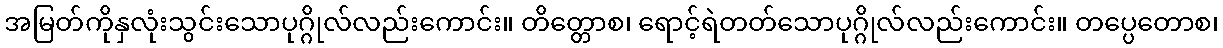
အမြတ်ကိုနှလုံးသွင်းသောပုဂ္ဂိုလ်လည်းကောင်း။ တိတ္တောစ၊ ရောင့်ရဲတတ်သောပုဂ္ဂိုလ်လည်းကောင်း။ တပ္ပေတောစ၊